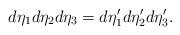
LaTeX: \begin{align*}d \eta _1 d \eta _2 d \eta _3 = d \eta ' _1 d \eta ' _2 d \eta ' _3.\end{align*}